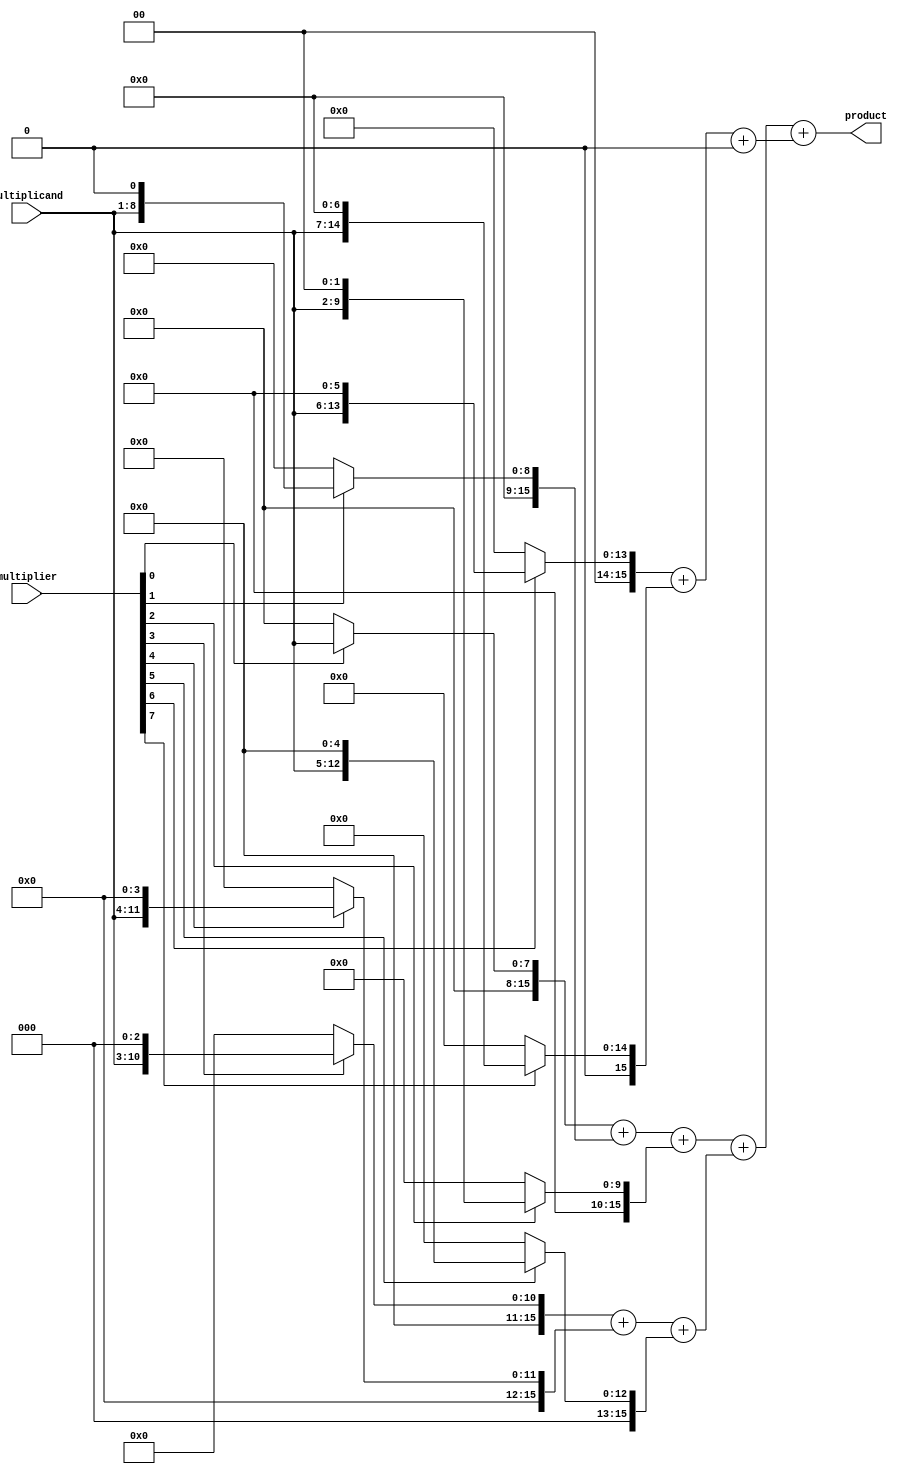
module Booth_Multiplier (
  input [7:0] multiplicand,
  input [7:0] multiplier,
  output reg [15:0] product
);

wire [15:0] pp[7:0];
reg [15:0] reduced_pp[3:0];
reg [15:0] final_product;

// Partial product generation block
generate
  genvar i;
  for (i = 0; i < 8; i = i + 1) begin
    assign pp[i] = multiplier[i] ? (multiplicand << i) : 0;
  end
endgenerate

// Wallace tree reduction unit
always @* begin
  reduced_pp[0] = pp[0] + pp[1] + pp[2];
  reduced_pp[1] = pp[3] + pp[4] + pp[5];
  reduced_pp[2] = pp[6] + pp[7] + 16'b0;
end

// Final adder
always @* begin
  final_product = reduced_pp[0] + reduced_pp[1] + reduced_pp[2];
end

assign product = final_product;

endmodule